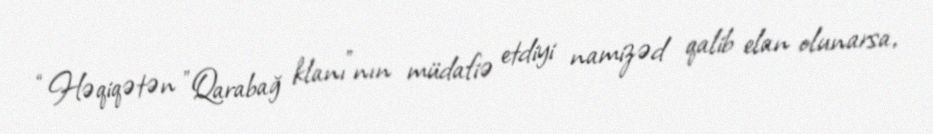
“Həqiqətən ”Qarabağ klanı"nın müdafiə etdiyi namizəd qalib elan olunarsa,